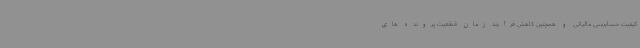
کیفیت حسابرسی مالیاتی و همچنین کاهش فرایند زمان قطعیت پرونده های